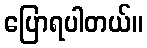
ပြောရပါတယ်။